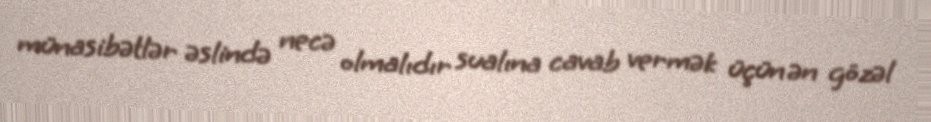
münasibətlər əslində necə olmalıdır sualına cavab vermək üçün ən gözəl